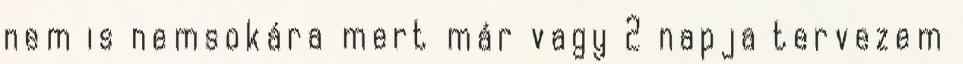
nem is nemsokára mert már vagy 2 napja tervezem